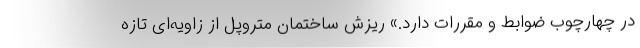
در چهارچوب ضوابط و مقررات دارد.» ریزش ساختمان متروپل از زاویه‌ای تازه